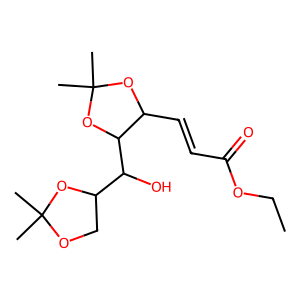
SMILES: CCOC(=O)C=CC1OC(C)(C)OC1C(O)C1COC(C)(C)O1
Inhibits HIV replication: No